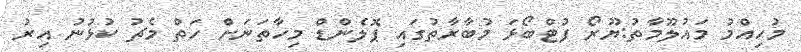
މުހިއްމު މައުލޫމާތު:ޔޫރޯ ފުޓްބޯޅަ މުބާރާތުގައި ޕޮލެންޑް މިހާތަނަށް ހަތް މެޗު ކުޅުނު އިރު